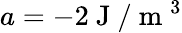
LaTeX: a=-2\mathrm{~J~}/\mathrm{~m~}^{3}